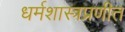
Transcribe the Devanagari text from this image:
धर्मशास्त्रप्रणीत